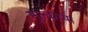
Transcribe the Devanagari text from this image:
मुल्कच्या